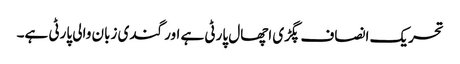
تحریک انصاف پگڑی اچھال پارٹی ہے اور گندی زبان والی پارٹی ہے۔